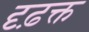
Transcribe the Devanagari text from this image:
दृढ़क्त